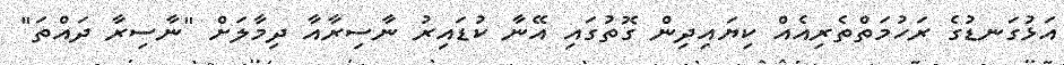
އަޅުގަނޑުގެ ރަހުމަތްތެރިއެއް ކިޔައިދިން ގޮތުގައި އޭނާ ކުޑައިރު ނާސިރާއާ ދިމާލަށް "ނާސިރާ ދައްތަ"